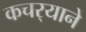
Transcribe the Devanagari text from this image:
कचर्‍याने